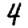
Digit: 4